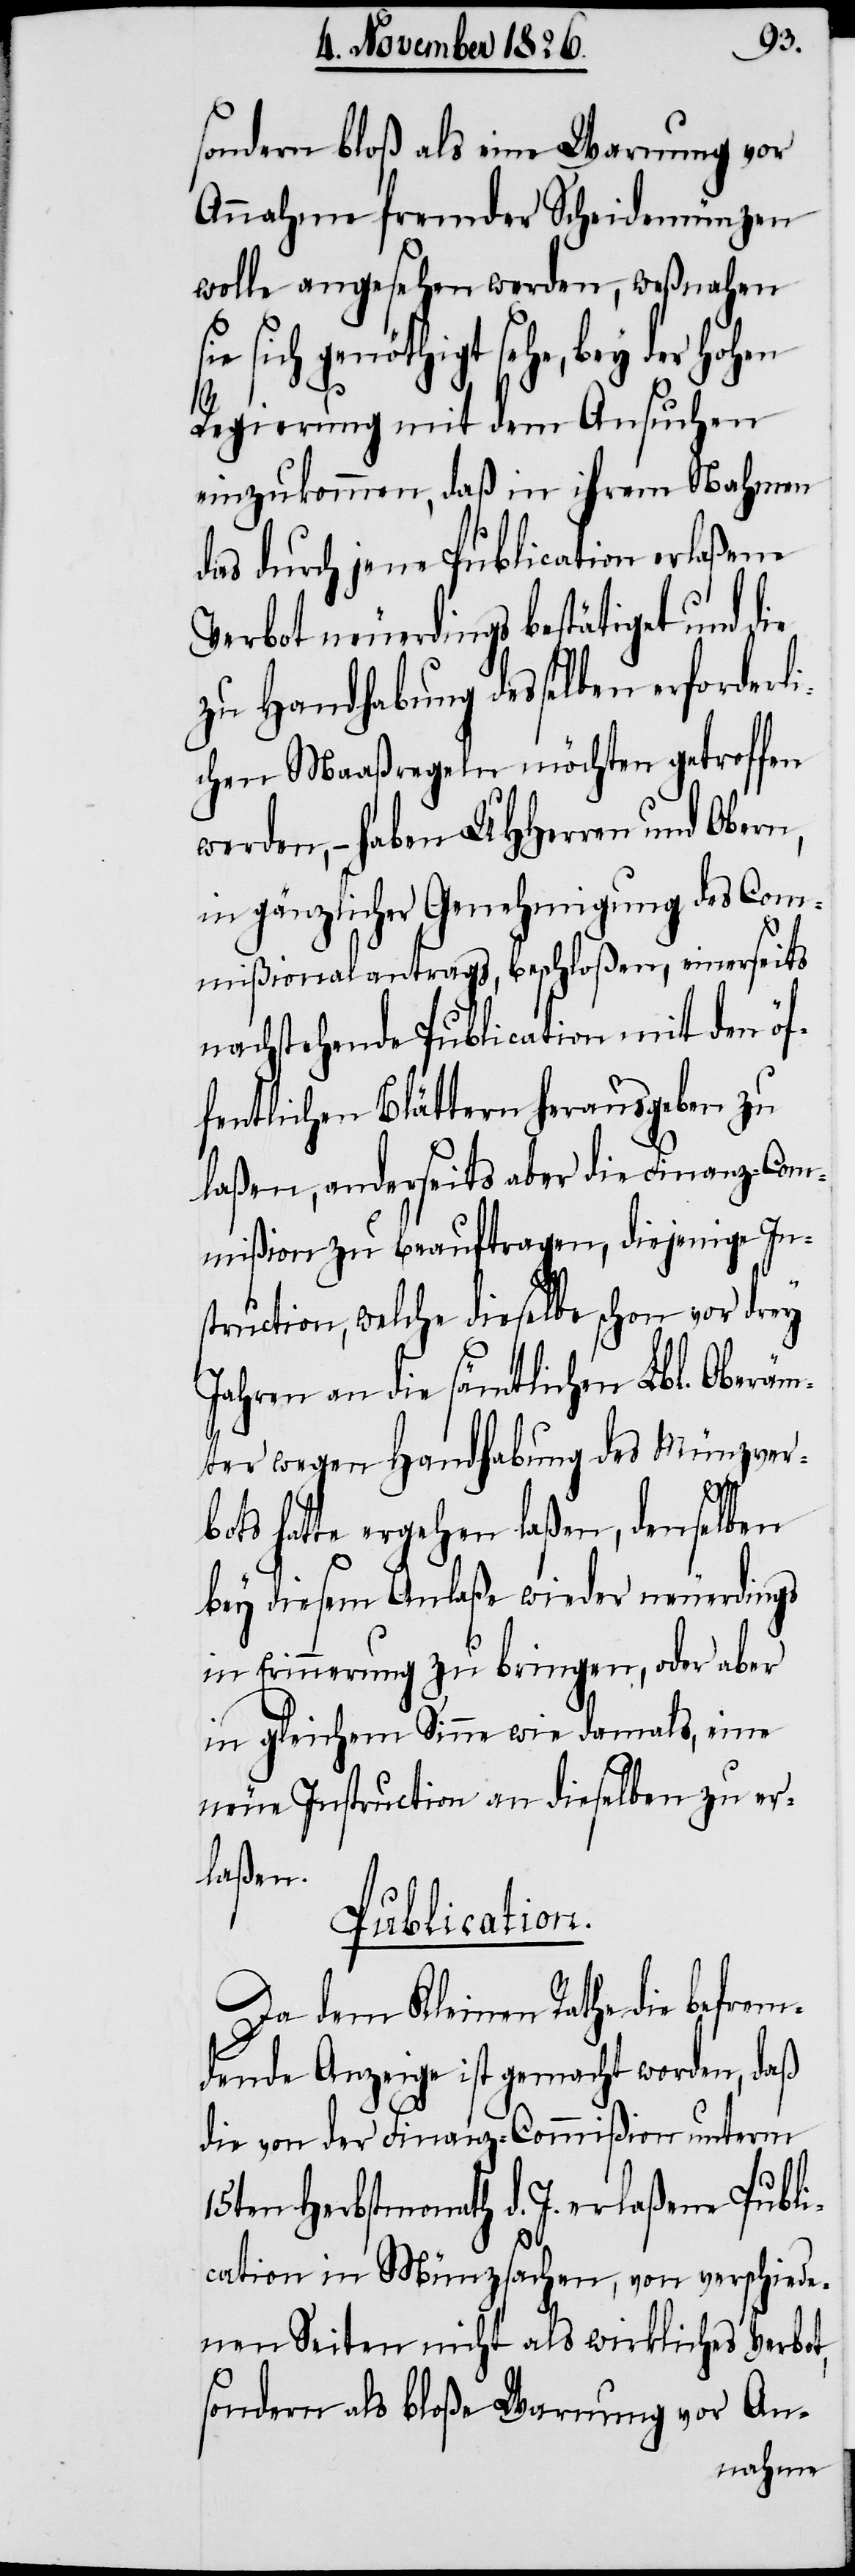
sondern bloß als eine Warnung vor
Annahme fremder Scheidemünzen
wolle angesehen werden, weßnahen
sehe, bey der hohen
Regierung mit dem Ansuchen
einzukommen, daß in ihrem Nahmen
das durch jene Publication erlaßene
Verbot neuerdings bestätiget und die
zu Handhabung desselben erforderli¬
chen Maaßregeln möchten getroffen
werden, – haben UHHerren und Obern,
in gänzlicher Genehmigung des Com¬
mißionalantrags, beschloßen, einerseits
nachstehende Publication mit den öf¬
fentlichen Blättern herausgeben zu
laßen, anderseits aber die Finanz-Com¬
mißion zu beauftragen, diejenige In¬
struction, welche dieselbe schon vor drey
Jahren an die sämtlichen Lbl. Oberäm¬
ter wegen Handhabung des Münzver¬
bots hatte ergehen laßen, denselben
bey diesem Anlaße wieder neuerdings
in Erinnerung zu bringen, oder aber
in gleichem Sinne wie damals, eine
neue Instruction an dieselben zu er¬
laßen.
Publication.
Da dem Kleinen Rathe die befrem¬
dende Anzeige ist gemacht worden, daß
die von der Finanz-Commißion unterm
15ten Herbstmonath d. J. erlaßene Publi¬
cation in Münzsachen, von verschiede¬
nen Seiten nicht als wirkliches Verbot,
sondern als bloße Warnung vor An-